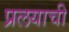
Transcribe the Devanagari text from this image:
प्रलयाची